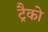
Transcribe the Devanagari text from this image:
ट्रैको